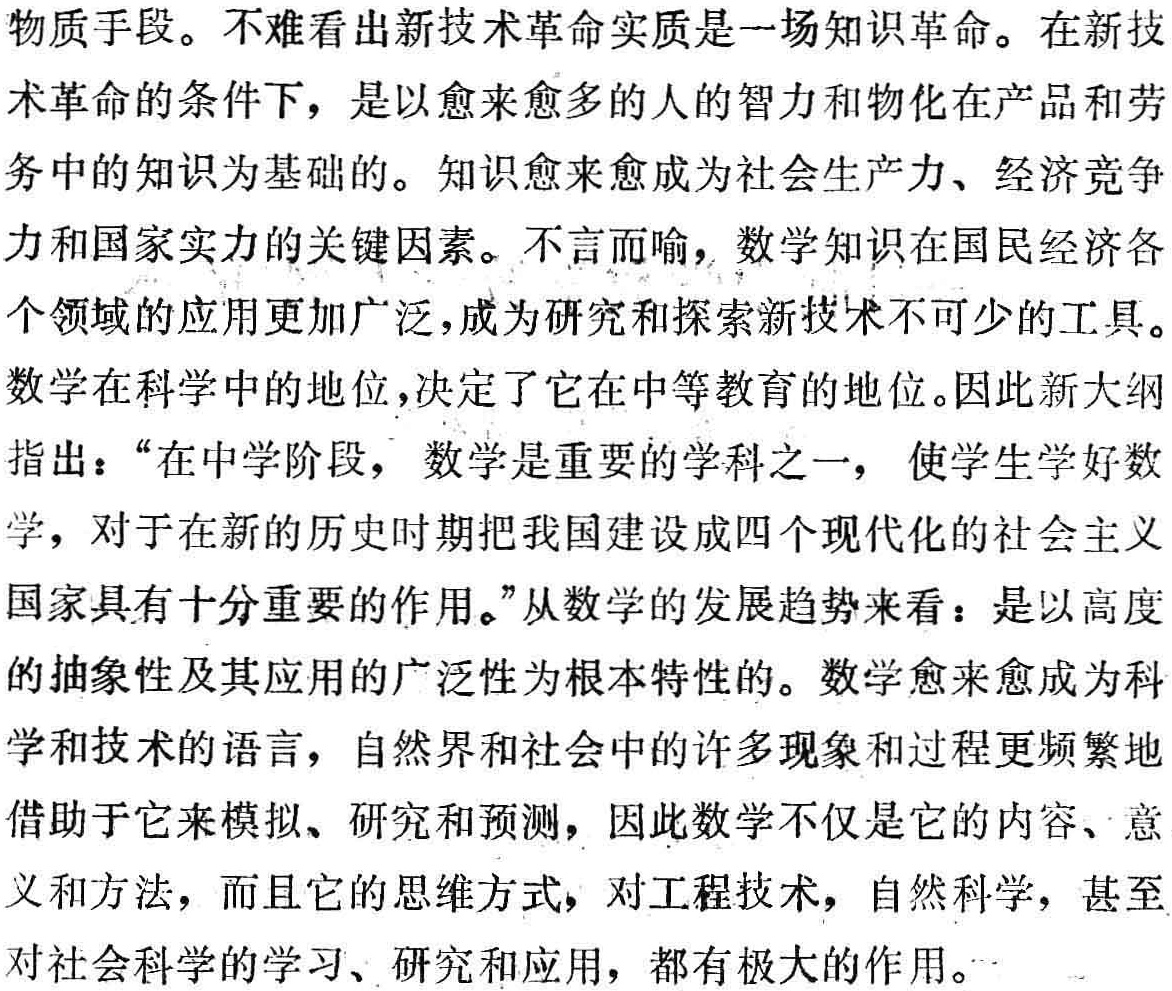
物质手段。不难看出新技术革命实质是一场知识革命。在新技术革命的条件下，是以愈来愈多的人的智力和物化在产品和劳务中的知识为基础的。知识愈来愈成为社会生产力、经济竞争力和国家实力的关键因素。不言而喻，数学知识在国民经济各个领域的应用更加广泛，成为研究和探索新技术不可少的工具。

数学在科学中的地位，决定了它在中等教育的地位。因此新大纲指出：“在中学阶段，数学是重要的学科之一，使学生学好数学，对于在新的历史时期把我国建设成四个现代化的社会主义国家具有十分重要的作用。”从数学的发展趋势来看：是以高度的抽象性及其应用的广泛性为根本特性的。数学愈来愈成为科学和技术的语言，自然界和社会中的许多现象和过程更频繁地借助于它来模拟、研究和预测，因此数学不仅是它的内容、意义和方法，而且它的思维方式，对工程技术，自然科学，甚至对社会科学的学习、研究和应用，都有极大的作用。